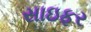
સાઇફર